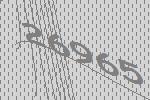
26965